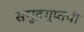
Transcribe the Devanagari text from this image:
समुद्रगुप्तची